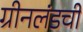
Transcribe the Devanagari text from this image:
ग्रीनलंडची